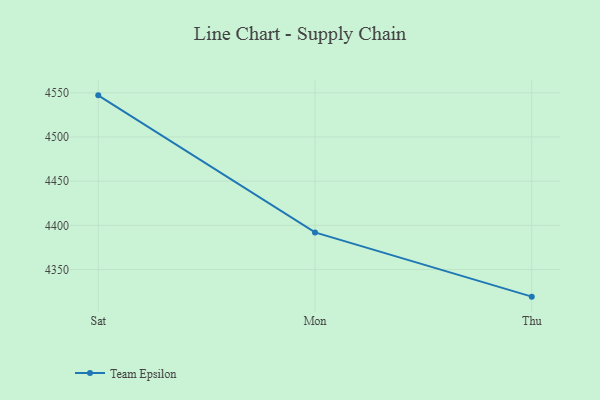
{"axis": {"x": "Day", "y": "Backlog"}, "legend": ["Team Epsilon"], "data": [{"x": "Sat", "y": 4547.1, "type": "Team Epsilon"}, {"x": "Mon", "y": 4392.0, "type": "Team Epsilon"}, {"x": "Thu", "y": 4319.3, "type": "Team Epsilon"}]}